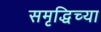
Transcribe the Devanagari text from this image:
समृद्धिच्या